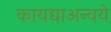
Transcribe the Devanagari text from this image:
कायद्याअन्वये